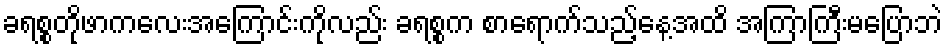
ခရစ္စတိုဖာကလေးအကြောင်းကိုလည်း ခရစ္စက စာရောက်သည့်နေ့အထိ အကြာကြီးမပြောဘဲ